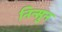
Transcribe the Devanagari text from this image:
निन्सुन